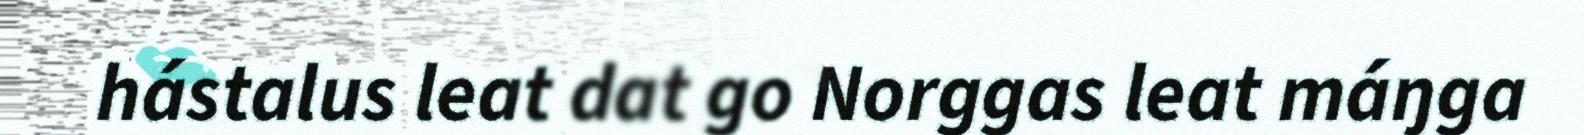
hástalus leat dat go Norggas leat máŋga